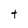
Character: t